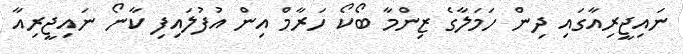
ނައިޖީރިއާގައި ދިން ހަމަލާގެ ޒިންމާ ބޯކޯ ހަރާމް އިން އުފުލައިފި ކާނޯ ނައިޖީރިއާ